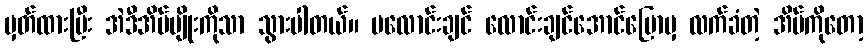
မှတ်ထားပြီး အဲဒီအိမ်မျိုးကိုသာ သွားပါတယ်။ မလောင်းချင် လောင်းချင်အောင်ပြောမှ လက်ခံတဲ့ အိမ်ကိုတော့